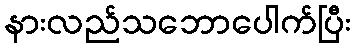
နားလည်သဘောပေါက်ပြီး